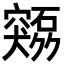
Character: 𫁜